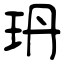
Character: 玬